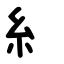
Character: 糹